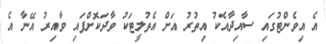
އެ އިވެންޓުގައި ސާއިދާއެކު އިތުރު އަށް އެތުލީޓަކު ވާދަކޮށްފައި ވާއިރު އޭނާ އެ